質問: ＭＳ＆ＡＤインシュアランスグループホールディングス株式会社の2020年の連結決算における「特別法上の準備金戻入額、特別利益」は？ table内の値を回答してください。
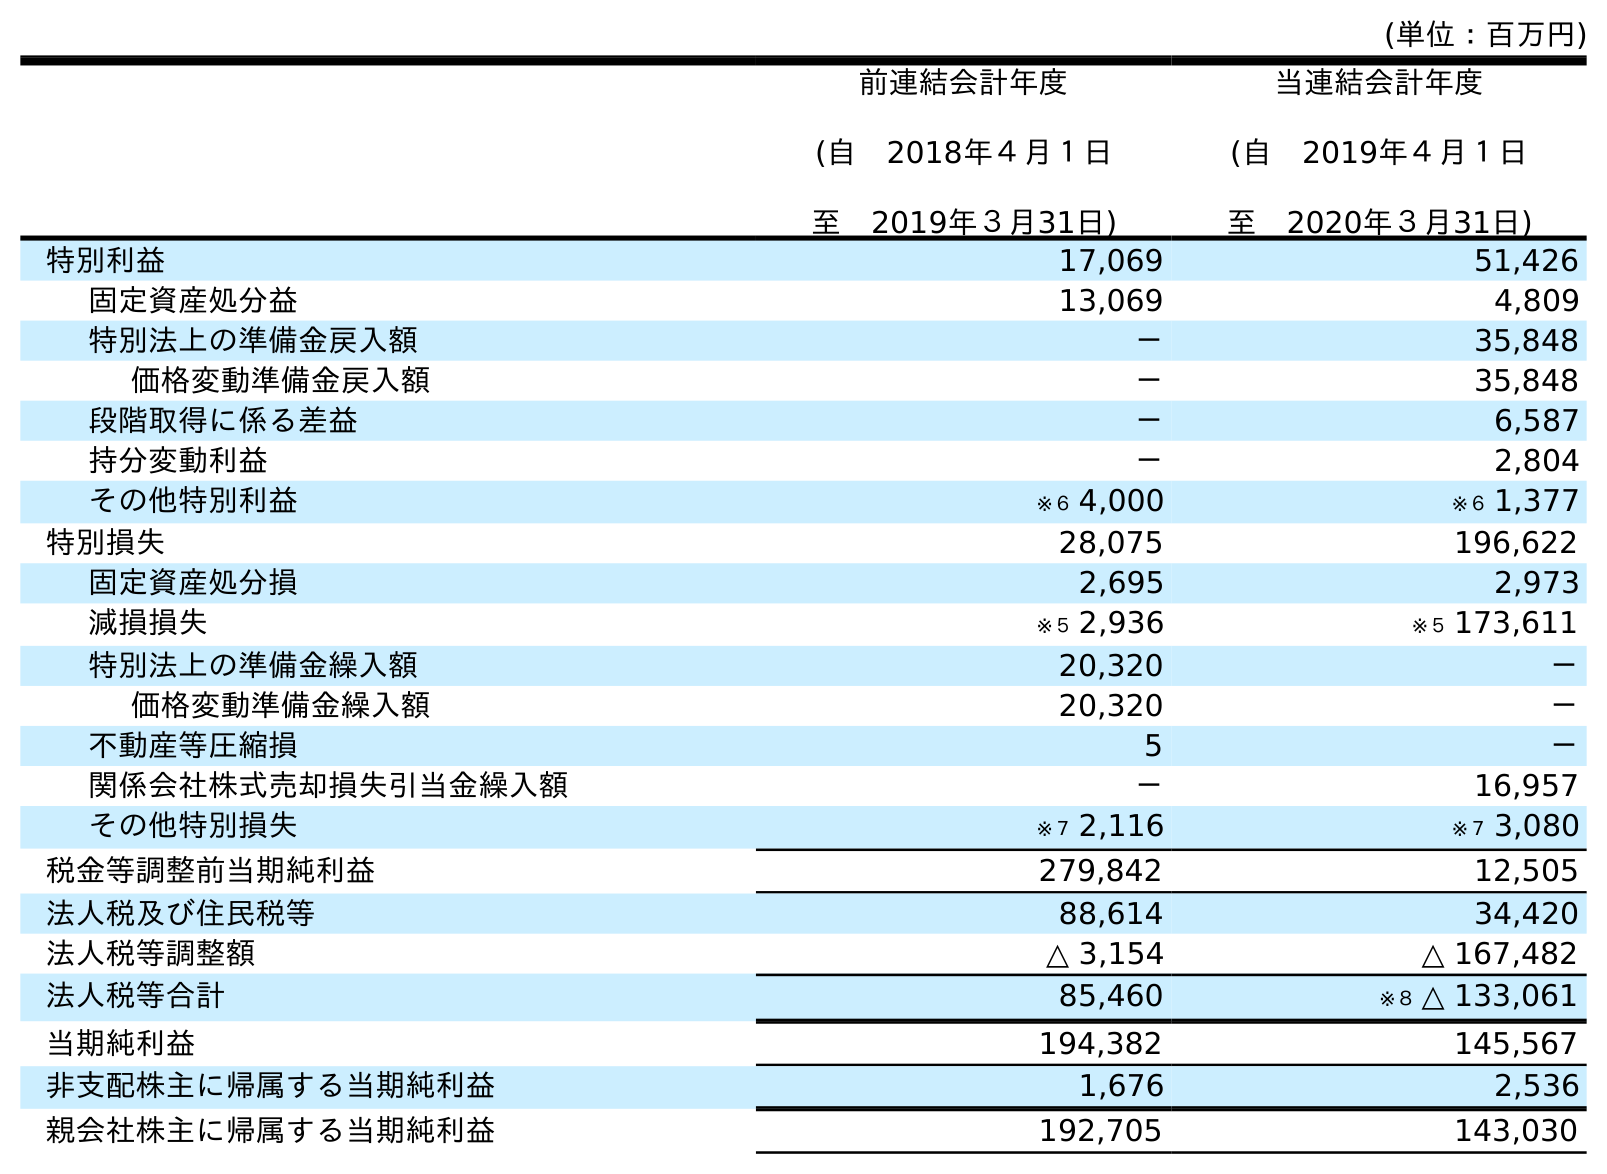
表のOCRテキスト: (単位：百万円) 前連結会計年度 (自 2018年４月１日 至 2019年３月31日) 当連結会計年度 (自 2019年４月１日 至 2020年３月31日) 特別利益 17,069 51,426 固定資産処分益 13,069 4,809 特別法上の準備金戻入額 － 35,848 価格変動準備金戻入額 － 35,848 段階取得に係る差益 － 6,587 持分変動利益 － 2,804 その他特別利益 ※６ 4,000 ※６ 1,377 特別損失 28,075 196,622 固定資産処分損 2,695 2,973 減損損失 ※５ 2,936 ※５ 173,611 特別法上の準備金繰入額 20,320 － 価格変動準備金繰入額 20,320 － 不動産等圧縮損 5 － 関係会社株式売却損失引当金繰入額 － 16,957 その他特別損失 ※７ 2,116 ※７ 3,080 税金等調整前当期純利益 279,842 12,505 法人税及び住民税等 88,614 34,420 法人税等調整額 △ 3,154 △ 167,482 法人税等合計 85,460 ※８ △ 133,061 当期純利益 194,382 145,567 非支配株主に帰属する当期純利益 1,676 2,536 親会社株主に帰属する当期純利益 192,705 143,030
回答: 35,848